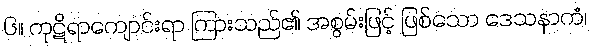
၆။ ကုဋိရာကျောင်းရာ ကြားသည်၏ အစွမ်းဖြင့် ဖြစ်သော ဒေသနာကံ၊